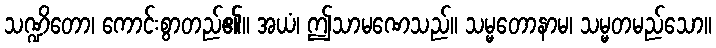
သဏ္ဍိတော၊ ကောင်းစွာတည်၏။ အယံ၊ ဤသာမဏေသည်။ သမ္မတောနာမ၊ သမ္မတမည်သော။